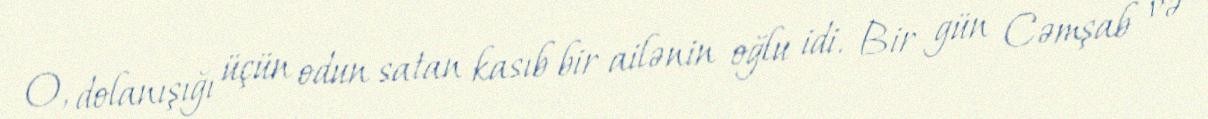
O, dolanışığı üçün odun satan kasıb bir ailənin oğlu idi. Bir gün Cəmşab və